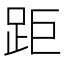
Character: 距